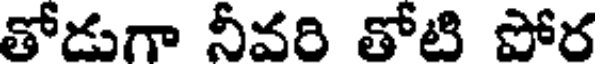
తోడుగా నీవరి తోటి పోర